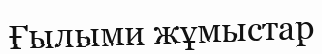
Ғылыми жұмыстар